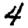
Digit: 4